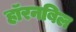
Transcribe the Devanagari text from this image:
हॉरनबिल